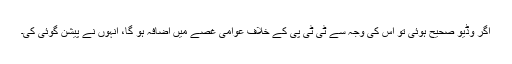
اگر وڈیو صحیح ہوئی تو اس کی وجہ سے ٹی ٹی پی کے خلاف عوامی غصے میں اضافہ ہو گا، انہوں نے پیشن گوئی کی۔